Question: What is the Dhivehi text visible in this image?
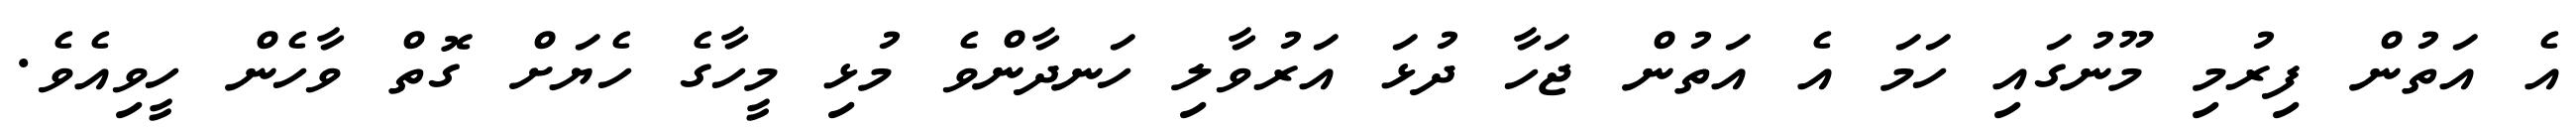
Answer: އެ އަތުން ފިރުމި މޫނުގައި ހަމަ އެ އަތުން ޖަހާ ދުޅަ އަރުވާލި ހަނދާންވެ މުޅި މީހާގެ ހެޔަށް ގޮތް ވާހެން ހީވިއެވެ.